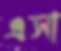
এসা